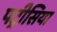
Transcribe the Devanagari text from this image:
पट्रीसिया